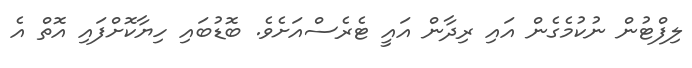
ލިފްޓުން ނުކުމެގެން އައި ރިދާން އައީ ޓެރެސްއަށެވެ. ބޮޑުބައި ހިޔާކޮށްފައި އޮތް އެ